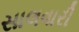
સાલવારી